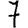
Digit: 7